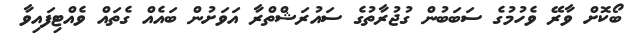
ބޯކޮށް ވާރޭ ވެހުމުގެ ސަބަބުން ގުޖުރާތުގެ ސައުރަޝްތްރާ އަވަށުން ބައެއް ގެތަައް ވެއްޓިފައިވާ